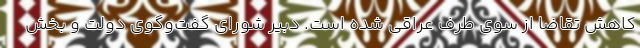
کاهش تقاضا از سوی طرف عراقی شده است. دبیر شورای گفت‌وگوی دولت و بخش